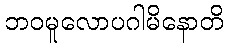
ဘဝမူလောပဂါမိနောတိ